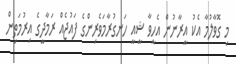
މި ގޮވާލުމާ އެކު އީރާނުން އެހީވާ ޝީއީ ހަނގުރާމަވެރިންގެ ފައުޖެއް ރަމާދީގެ އިރުމަތިން